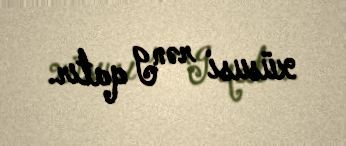
xüsusi rəng qatır.